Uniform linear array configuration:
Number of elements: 12
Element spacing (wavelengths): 0.5
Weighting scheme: hamming
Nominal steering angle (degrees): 0
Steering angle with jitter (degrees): -1.217
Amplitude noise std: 0.05
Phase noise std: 0.05

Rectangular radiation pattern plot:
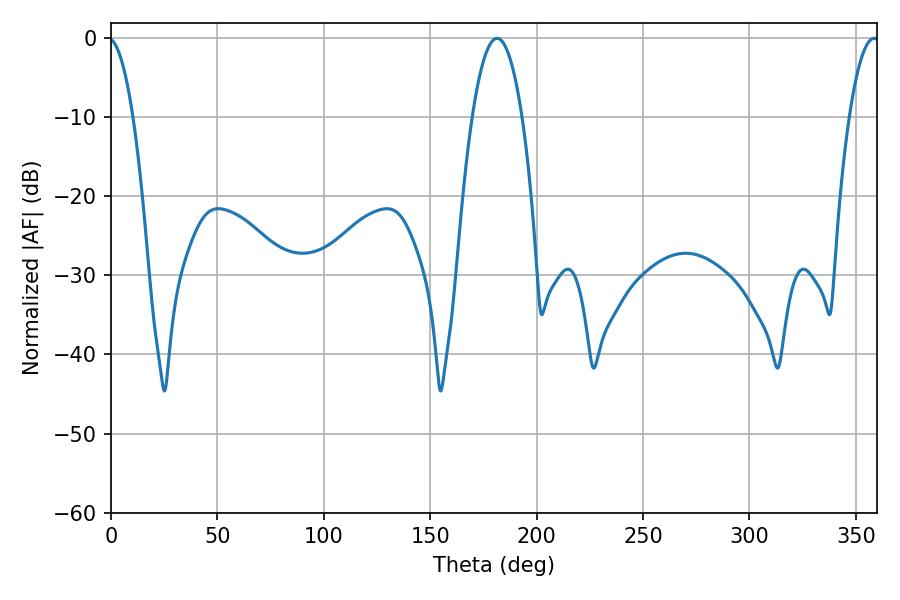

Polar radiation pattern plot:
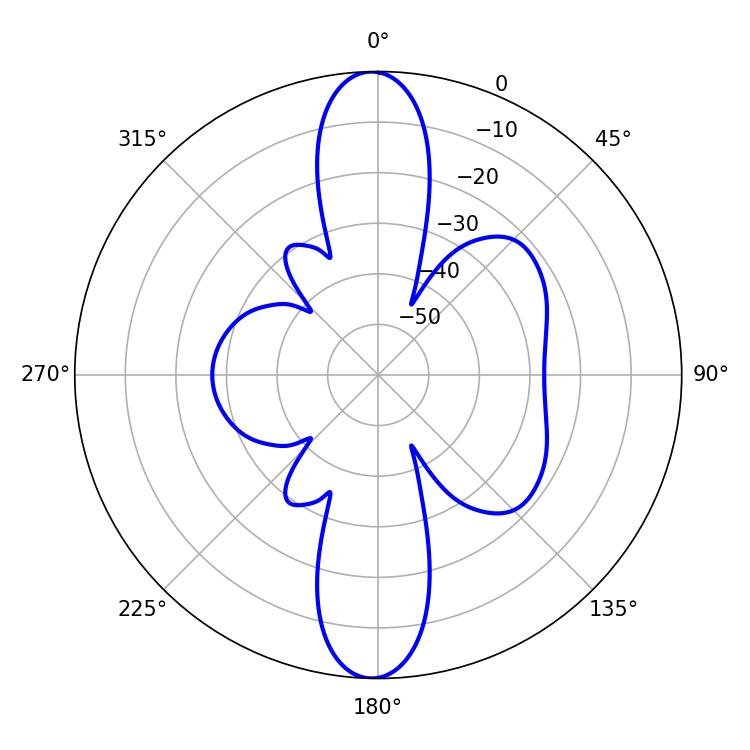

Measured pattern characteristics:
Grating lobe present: FALSE
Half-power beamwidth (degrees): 12.96
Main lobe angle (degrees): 181.44